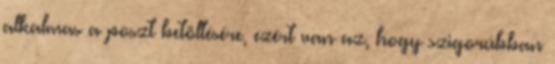
alkalmas a poszt betöltésére, ezért van az, hogy szigorúbban